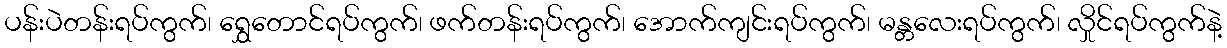
ပန်းပဲတန်းရပ်ကွက်၊ ရွှေတောင်ရပ်ကွက်၊ ဖက်တန်းရပ်ကွက်၊ အောက်ကျင်းရပ်ကွက်၊ မန္တလေးရပ်ကွက်၊ လှိုင်ရပ်ကွက်နဲ့